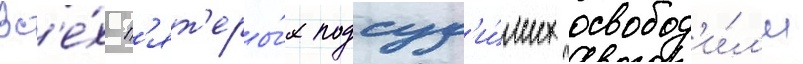
Вс'е́х п'ят'еры́х подсуд'и́мых освобод'и́л'и